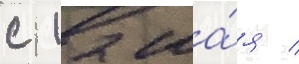
с 12 ма́я /